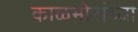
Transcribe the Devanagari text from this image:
काळभोरांच्या